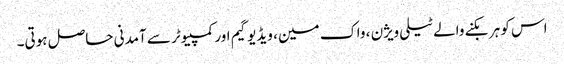
اس کو ہر بکنے والے ٹیلی ویژن ، واک مین ، ویڈیو گیم اور کمپیوٹر سے آمدنی حاصل ہوتی۔